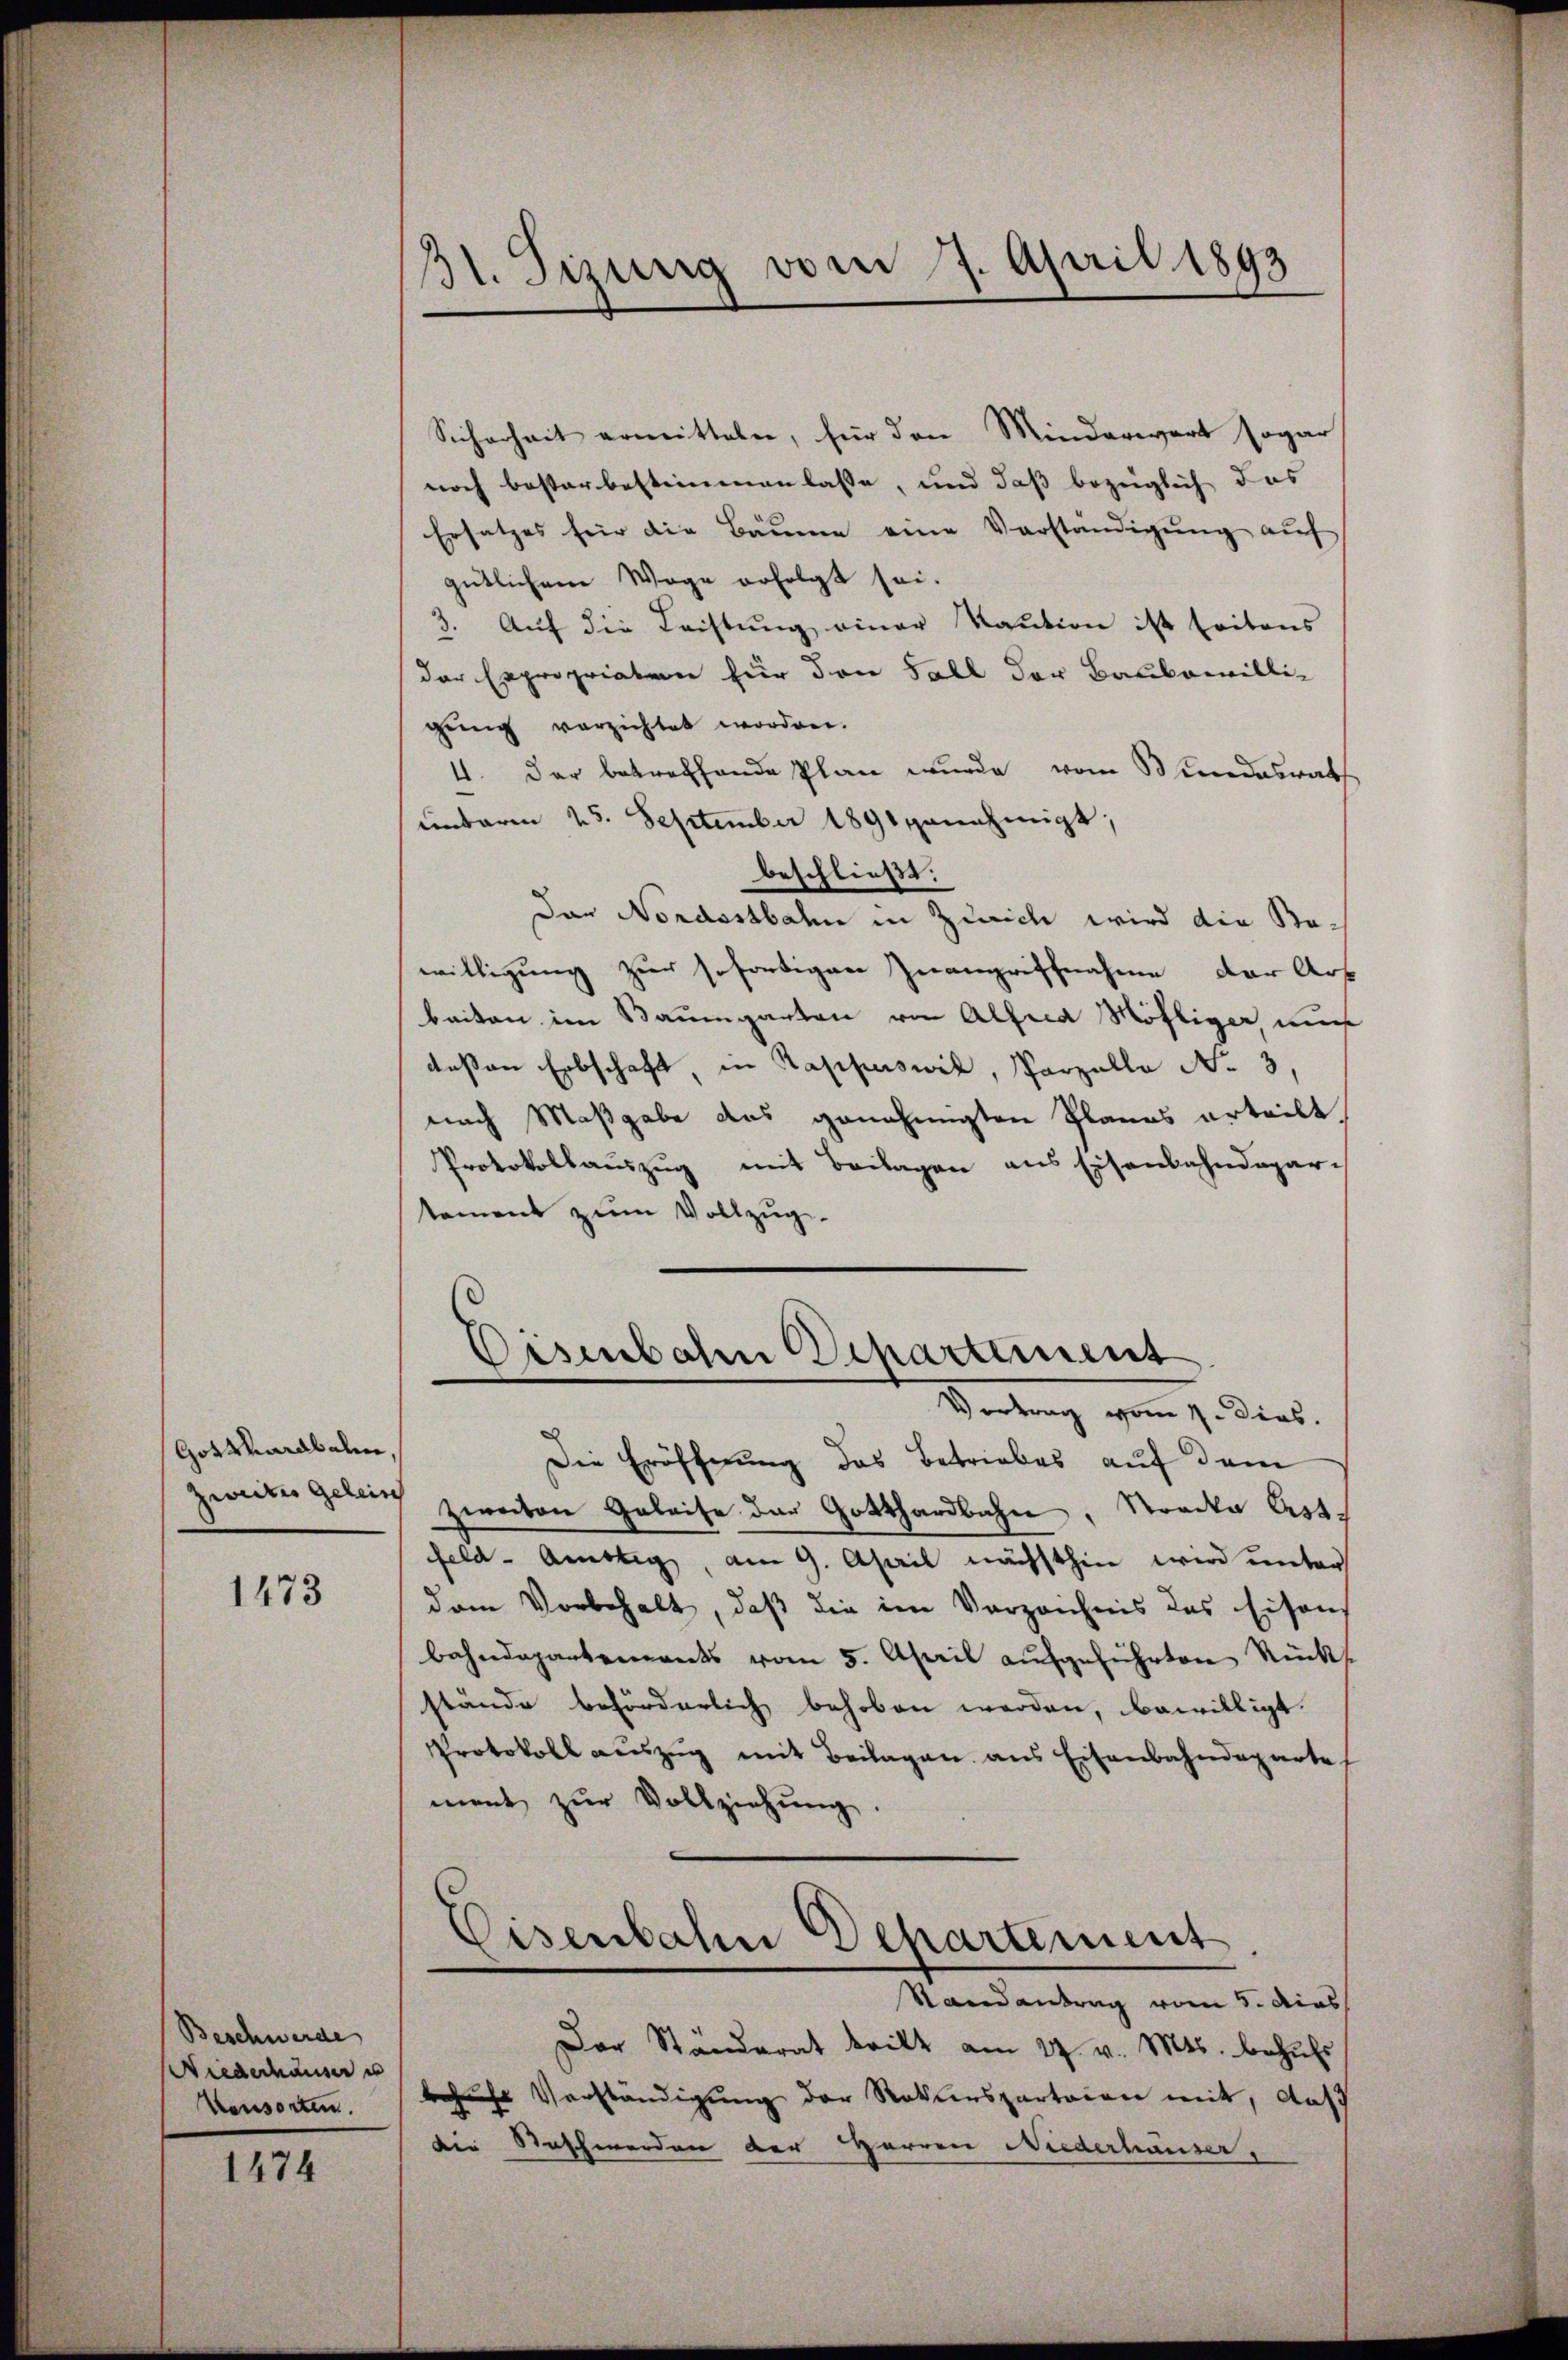
Gotthardbahne,

1473

Beschwerde
Niederhäuser u
Konsorten.

1474

31. Sizung vom 7. April 1893

Sicherheit ermitteln, für den Minderwert sogar
noch besterbestimmen lasse, und daß bezüglich das
Ersatzes für die Bäume eine Verständigŭng auf
gütlichem Wege erfolgt sei.
3. Auf die Leistung einer Kaution ist seitens
der Expropriaten für den Fall der Baubewilli-
gung verzichtet worden.
4. Der betreffende Plan wurde vom Bundesrath
unterm 25. September 1891 genehmigt;
beschließt:
Das Nordostbahn in Zürich wird die Bewilligung zur sofortigen Zwangriffnahme der Art
beiten im Baumgarten von Alfred Mölliger mu
deßen Erbschaft, in Kapperswil, Parzelle No. 3.
nach Maßgabe das genehmigten Planes urteilt.
Protokollauszug mit Beilagen aus Eisenbahndepar-
tement zum Vollzug.
Eisenbahn Departement
Wertung vom 9. Dieb.
Die Eröffnung das Betriebes auf dem
zweiter gerin zweiten Geleise der Gotthardbahn, Stadte Erste
feld-Amttig, am 9. April nächsthin wird unter
dem Vorbehalt, daß die im Vorzeichnis das Eisens
bahndepartements vom 5. April aufgeführten Rücks
stände beförderlich behoben werden, bewilligt.
Protokoll aŭszŭg mit Beilagen aus Eisenbahndeparte
ment zur Vollziehung.
e
Eisenbahn Departement
Randantrag vom 5. dies
Der Ständerat tritt am 27. v. Mts. behufs
behufs Verständigung der Rekursparteien mit, daß
die Naschwerden der Herren Niederhäuser,